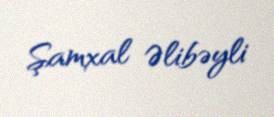
Şamxal Əlibəyli